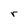
Character: r